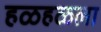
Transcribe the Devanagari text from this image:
हळहळला